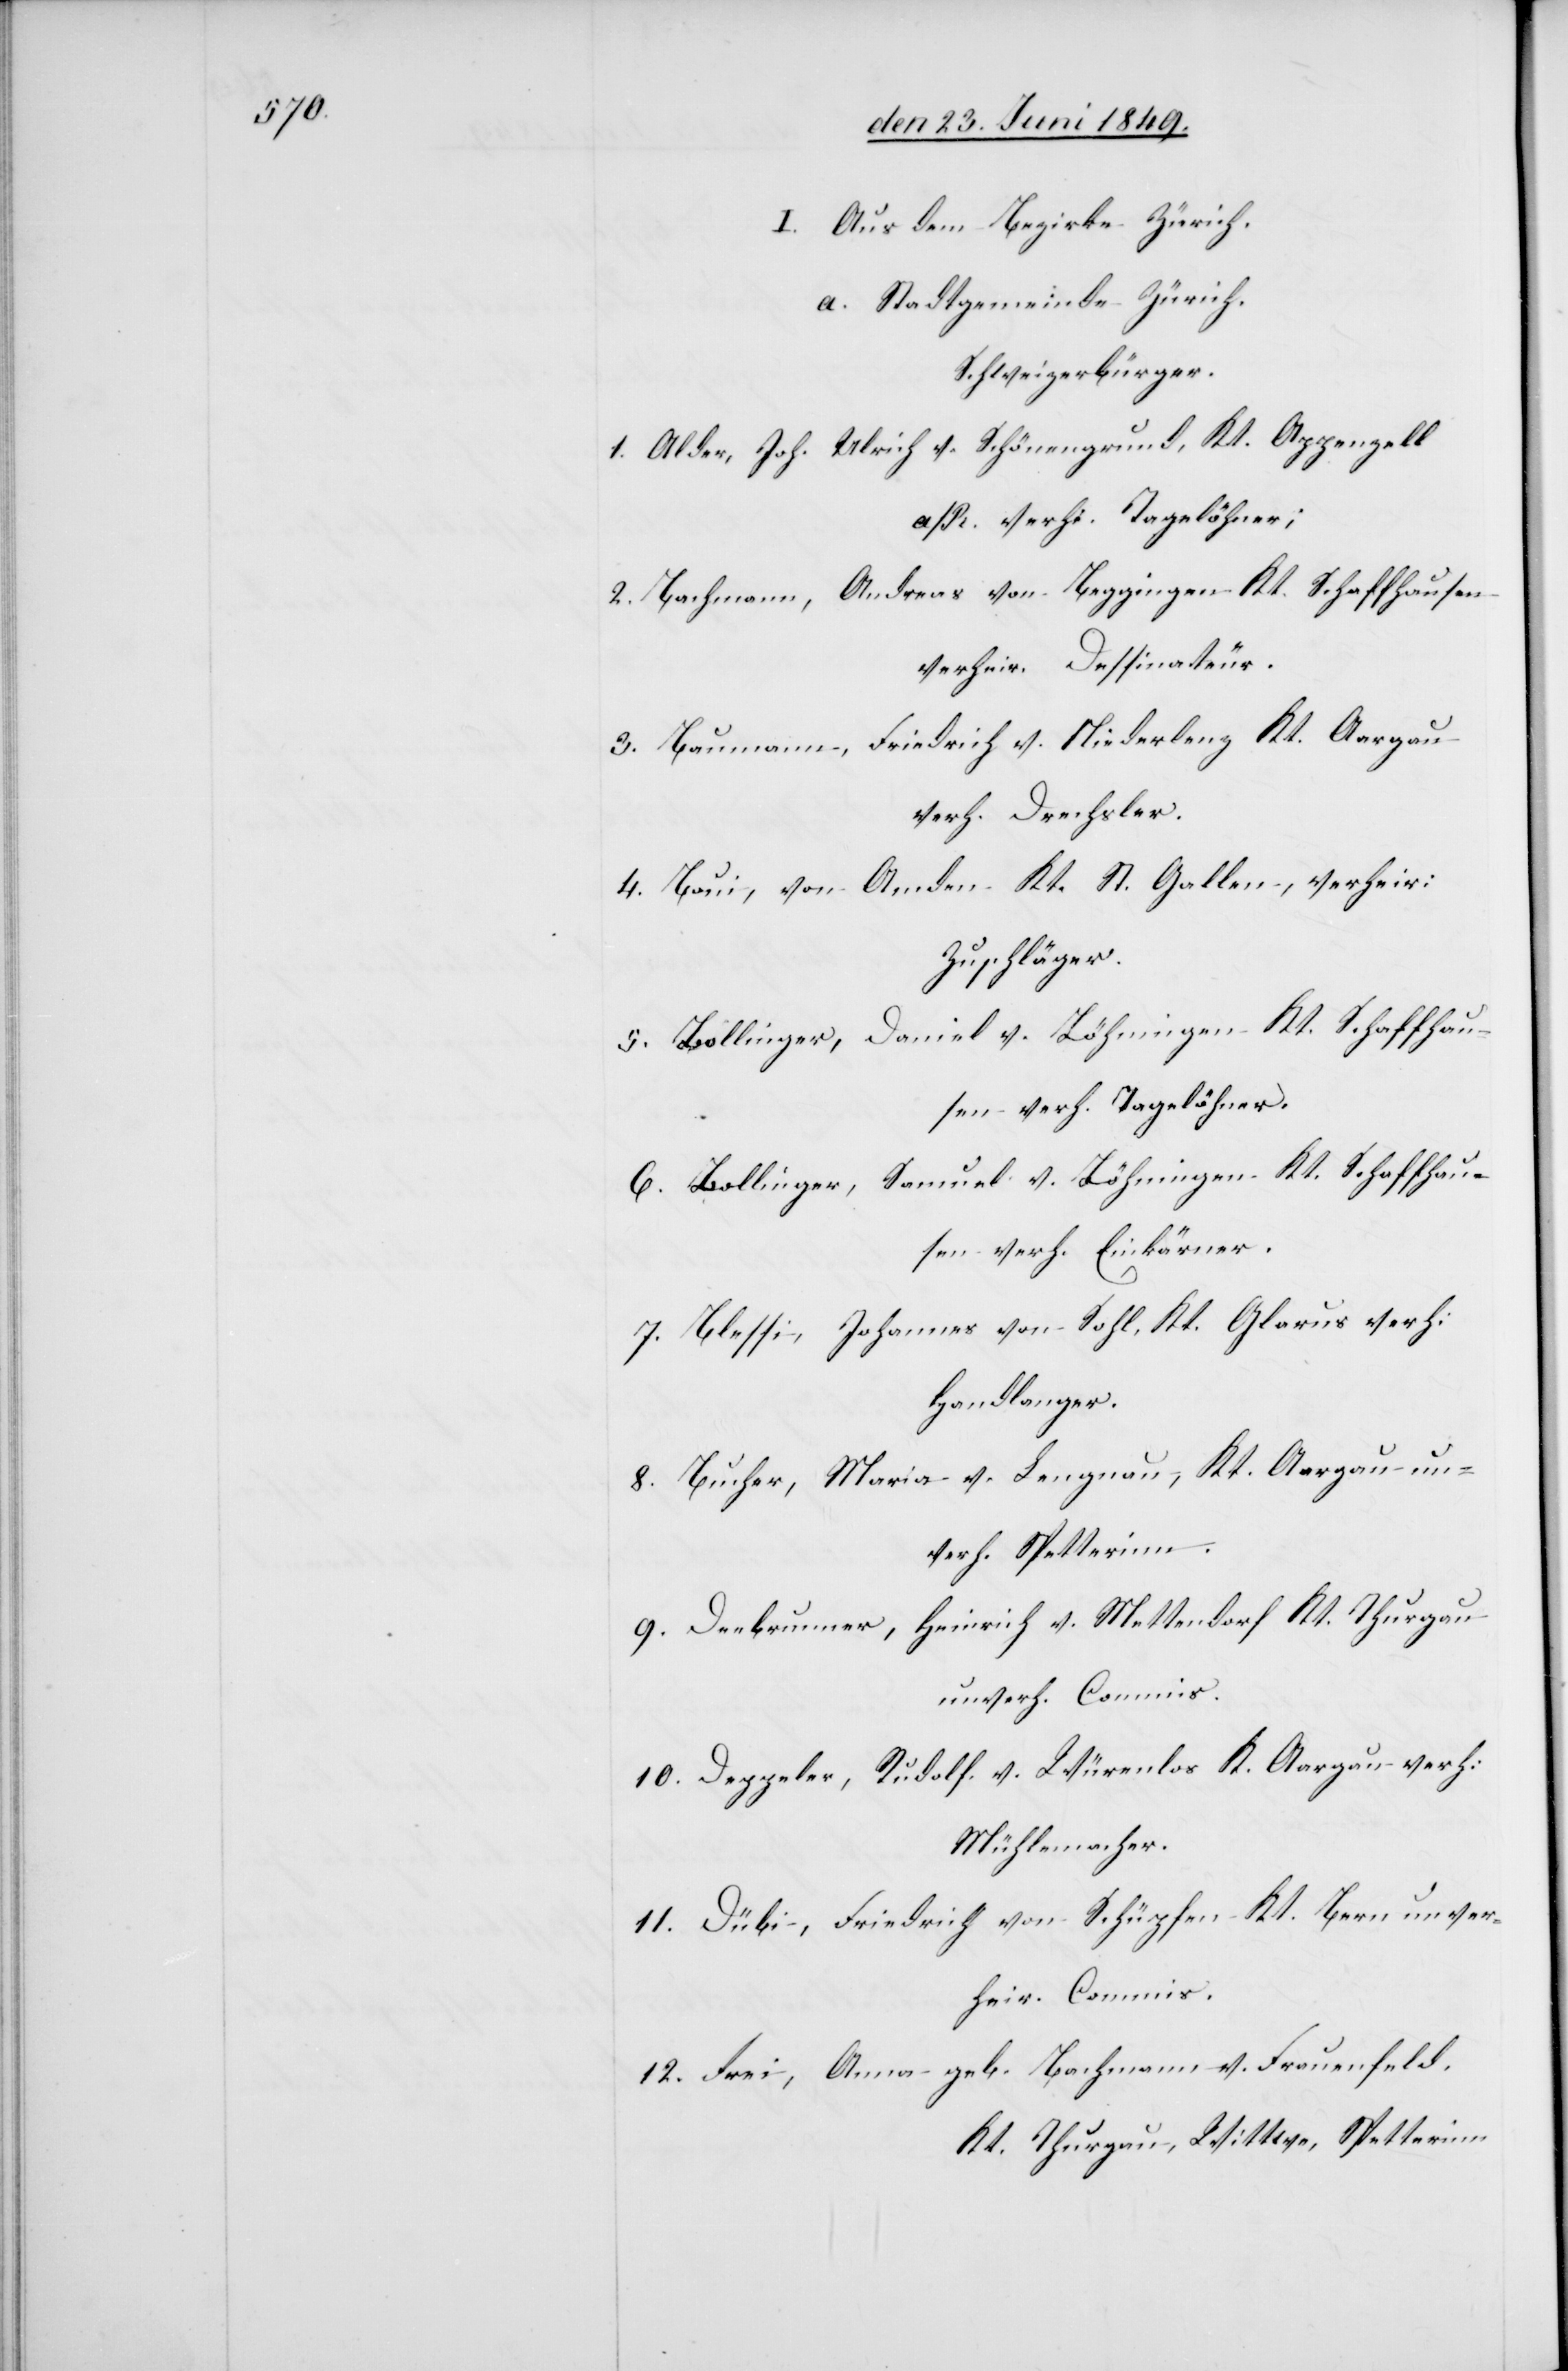
I. Aus dem Bezirke Zürich.
a. Stadtgemeinde Zürich.
Schweizerbürger.
1. Alder, Joh. Ulrich v. Schönengrund, Kt. Appenzell
a/R. verhe. Tagelöhner;
2. Bachmann, Andreas von Beggingen Kt. Schaffhausen
verheir. Dessinateur.
3. Baumann, Friedrich v. Niederlenz Kt. Aargau
verh. Drechsler.
4. Baui, von Amden Kt. St. Gallen, verheir:
Zuschläger.
5. Bollinger, Daniel v. Löhmingen Kt. Schaffhau¬
sen verh. Tagelöhner.
6. Bollinger, Samuel v. Löhmingen Kt. Schaffhau¬
sen verh. Einkärner.
7. Blessi, Johannes von Sohl, Kt. Glarus verh:
Handlanger.
8. Bucher, Maria v. Lengnau, Kt. Aargau un¬
verh. Spetterinn.
9. Deebrunner, Heinrich v. Mettendorf Kt. Thurgau
unverh. Commis.
10. Deppeler, Rudolf. v. Würenlos K. Aargau verh:
Mühlemacher.
11. Dübi, Friedrich von Schüpfen Kt. Bern unver¬
heir. Commis.
12. Frei, Anna geb. Bachmann v. Frauenfeld,
Kt. Thurgau, Wittwe, Spetterinn